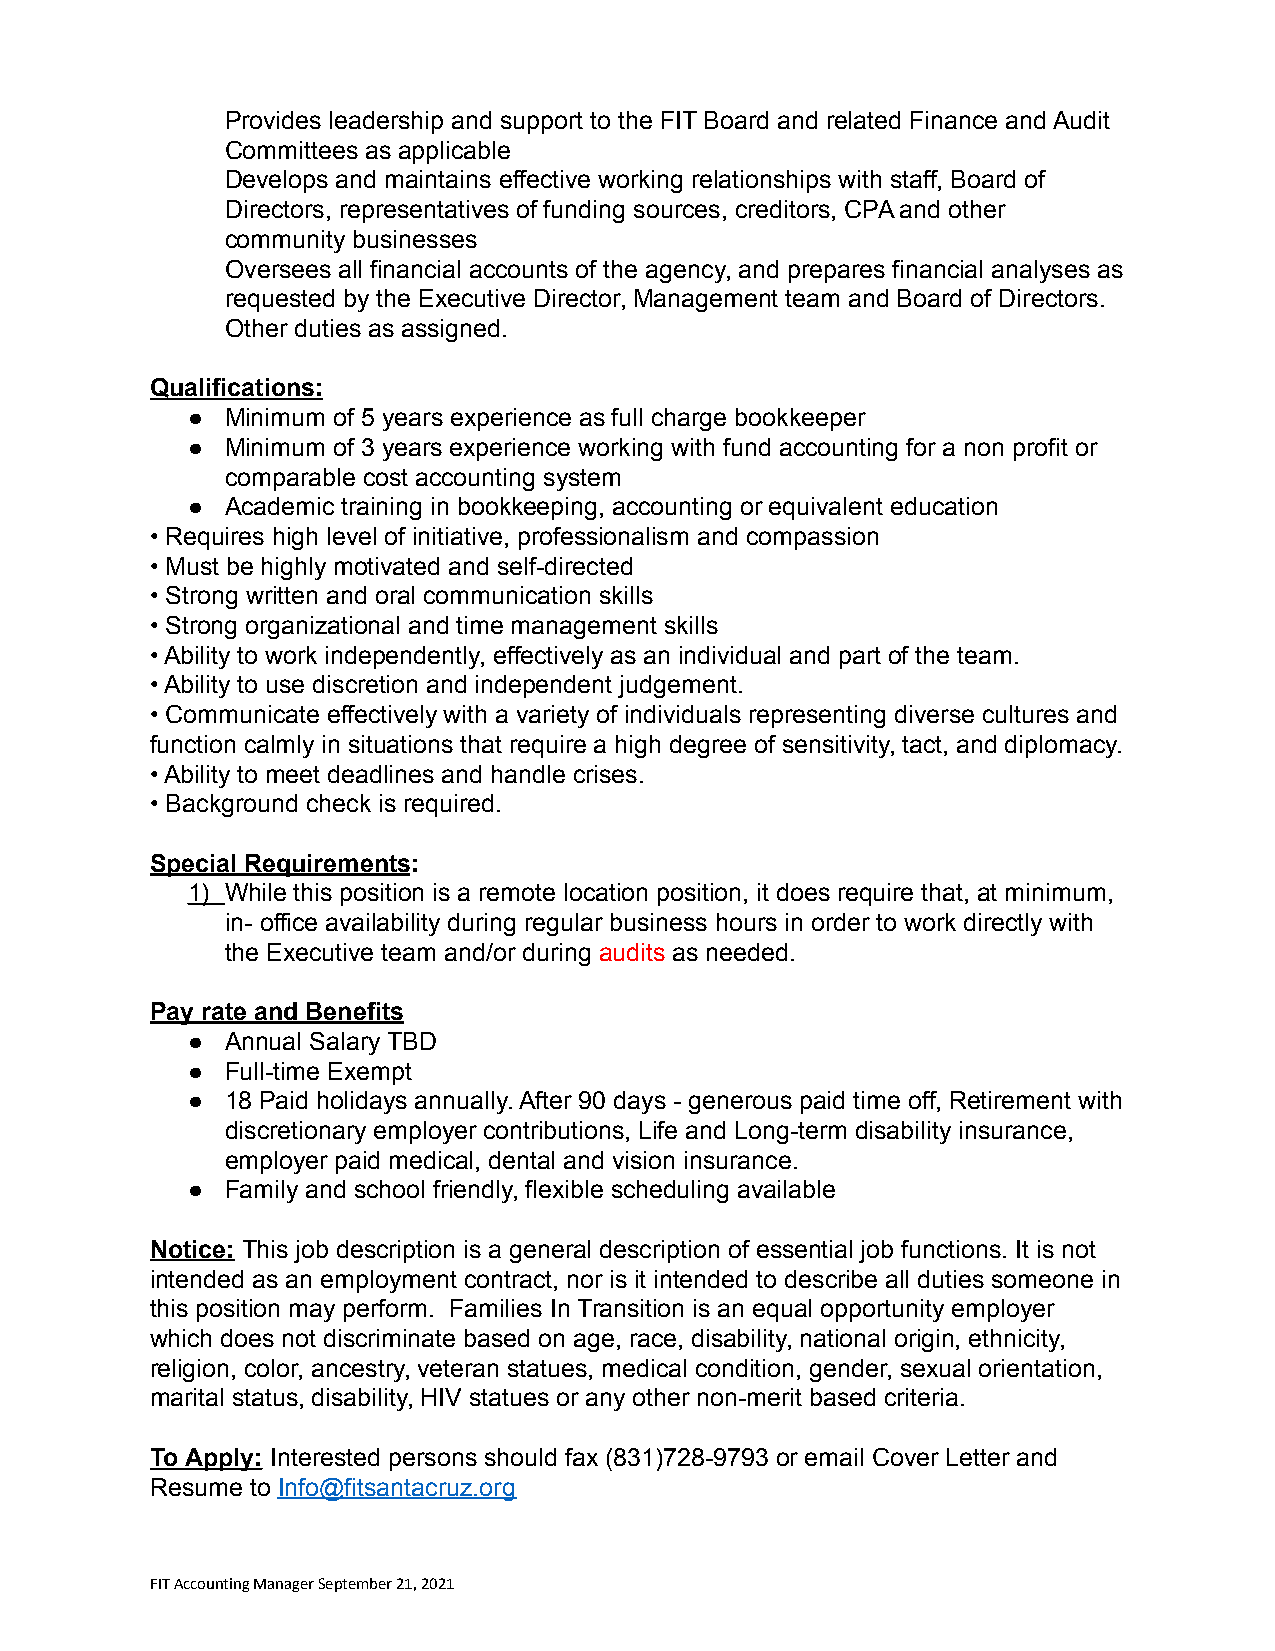
Provides leadership and support to the FIT Board and related Finance and Audit
 Committees as applicable
 Develops and maintains effective working relationships with staff, Board of
 Directors, representatives of funding sources, creditors, CPA and other
 community businesses
 Oversees all financial accounts of the agency, and prepares financial analyses as
 requested by the Executive Director, Management team and Board of Directors.
 Other duties as assigned.
 Qualifications:
 ●  Minimum of 5 years experience as full charge bookkeeper
 ●  Minimum of 3 years experience working with fund accounting for a non profit or
 comparable cost accounting system
 ●  Academic training in bookkeeping, accounting or equivalent education
 • Requires high level of initiative, professionalism and compassion
 • Must be highly motivated and self-directed
 • Strong written and oral communication skills
 • Strong organizational and time management skills
 • Ability to work independently, effectively as an individual and part of the team.
 • Ability to use discretion and independent judgement.
 • Communicate effectively with a variety of individuals representing diverse cultures and
 function calmly in situations that require a high degree of sensitivity, tact, and diplomacy.
 • Ability to meet deadlines and handle crises.
 • Background check is required.
 Special Requirements:
 1) While this position is a remote location position, it does require that, at minimum,
 in- office availability during regular business hours in order to work directly with
 the Executive team and/or during audits as needed.
 Pay rate and Benefits
 ●  Annual Salary TBD
 ●  Full-time Exempt
 ●  18 Paid holidays annually. After 90 days - generous paid time off, Retirement with
 discretionary employer contributions, Life and Long-term disability insurance,
 employer paid medical, dental and vision insurance.
 ●  Family and school friendly, flexible scheduling available
 Notice: This job description is a general description of essential job functions. It is not
 intended as an employment contract, nor is it intended to describe all duties someone in
 this position may perform. Families In Transition is an equal opportunity employer
 which does not discriminate based on age, race, disability, national origin, ethnicity,
 religion, color, ancestry, veteran statues, medical condition, gender, sexual orientation,
 marital status, disability, HIV statues or any other non-merit based criteria.
 To Apply: Interested persons should fax (831)728-9793 or email Cover Letter and
 Resume to Info@fitsantacruz.org
 FIT Accounting Manager September 21, 2021